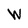
Character: W